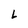
Character: L